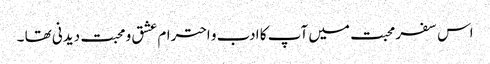
اس سفر محبت میں آپ کا ادب و احترام عشق و محبت دیدنی تھا ۔